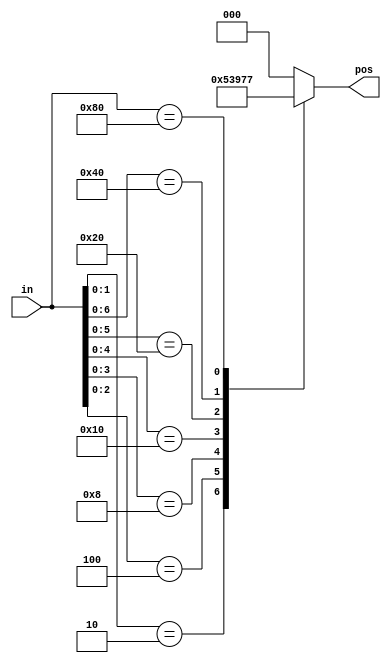
// synthesis verilog_input_version verilog_2001
module top_module (
    input [7:0] in,
    output reg [2:0] pos );
    
    always @(*) begin
        casez (in[7:0])
       
        8'bzzzzzzz1: pos = 3'd0;   // in[3:1] can be anything
        8'bzzzzzz10: pos = 3'd1;
        8'bzzzzz100: pos = 3'd2;
        8'bzzzz1000: pos = 3'd3;
        8'bzzz10000: pos = 3'd4;
        8'bzz100000: pos = 3'd5;
        8'bz1000000: pos = 3'd6;
        8'b10000000: pos = 3'd7;
            
      //  7'hz1: pos = 3'd0;   // in[3:1] can be anything
     //   7'hz2: pos = 3'd1;
       // 7'hz4: pos = 3'd2;
      ///  7'hz8: pos = 3'd3;
      //  7'h1z: pos = 3'd4;
      //  7'h2z: pos = 3'd5;
      //  7'h4z: pos = 3'd6;
      //  7'h8z: pos = 3'd7;
   
        default: pos = 0;
    	endcase
    end

endmodule